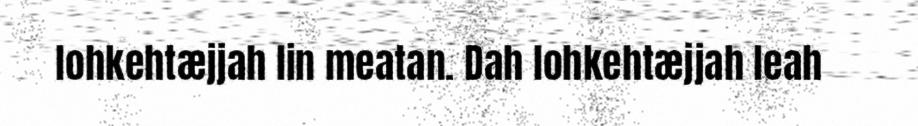
lohkehtæjjah lin meatan. Dah lohkehtæjjah leah